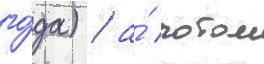
го́да) / а́ потом